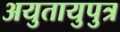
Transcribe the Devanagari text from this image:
अयुतायुपुत्र